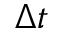
\Delta t